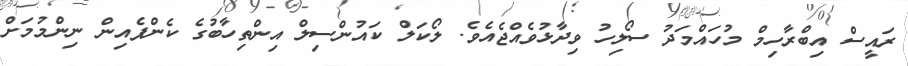
ރައީސް އިބްރާހިމް މުހައްމަދު ސޯލިހު ވިދާޅުވެއްޖެއެވެ. ލޯކަލް ކައުންސިލް އިންތިހާބުގެ ކެންޕެއިން ނިންމުމަށް